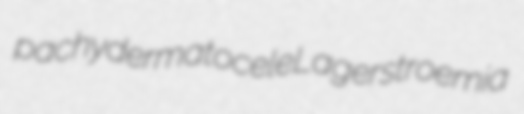
pachydermatocele Lagerstroemia